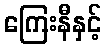
ကြေးနီနှင့်